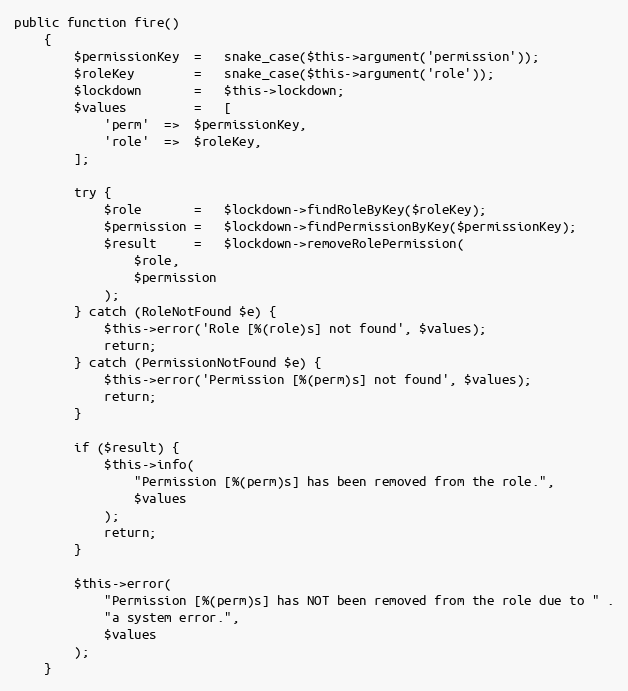
Language: PHP
public function fire()
    {
        $permissionKey  =   snake_case($this->argument('permission'));
        $roleKey        =   snake_case($this->argument('role'));
        $lockdown       =   $this->lockdown;
        $values         =   [
            'perm'  =>  $permissionKey,
            'role'  =>  $roleKey,
        ];

        try {
            $role       =   $lockdown->findRoleByKey($roleKey);
            $permission =   $lockdown->findPermissionByKey($permissionKey);
            $result     =   $lockdown->removeRolePermission(
                $role,
                $permission
            );
        } catch (RoleNotFound $e) {
            $this->error('Role [%(role)s] not found', $values);
            return;
        } catch (PermissionNotFound $e) {
            $this->error('Permission [%(perm)s] not found', $values);
            return;
        }

        if ($result) {
            $this->info(
                "Permission [%(perm)s] has been removed from the role.",
                $values
            );
            return;
        }

        $this->error(
            "Permission [%(perm)s] has NOT been removed from the role due to " .
            "a system error.",
            $values
        );
    }